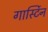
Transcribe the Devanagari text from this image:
गार्स्टिन